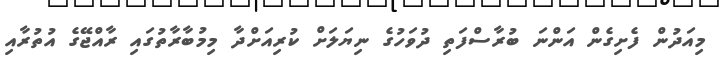
މިއަދުން ފެށިގެން އަންނަ ބުރާސްފަތި ދުވަހުގެ ނިޔަލަށް ކުރިއަށްދާ މިމުބާރާތުގައި ރާއްޖޭގެ އުތުރާއި